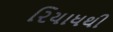
રિયાધથી